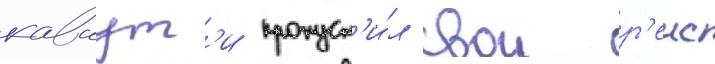
каваут'и пропуст'и́л свои р'еис